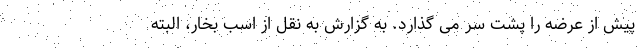
پیش از عرضه را پشت سر می گذارد. به گزارش به نقل از اسب بخار، البته